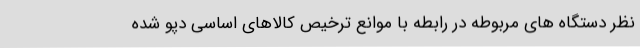
نظر دستگاه های مربوطه در رابطه با موانع ترخیص کالاهای اساسی دپو شده